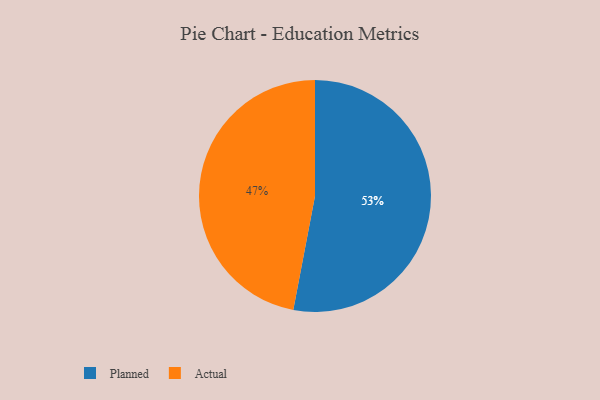
{"axis": {"x": "Category", "y": "Percentage"}, "legend": ["Actual", "Planned"], "data": [{"x": "Planned", "y": 53, "type": "Planned"}, {"x": "Actual", "y": 47, "type": "Actual"}]}